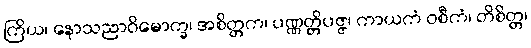
ကြိယ၊ နောသညာဝိမောက္ခ၊ အစိတ္တက၊ ပဏ္ဏတ္တိပဇ္ဇ၊ ကာယကံ ဝစီကံ၊ တိစိတ္တ၊